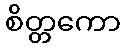
စိတ္တကော